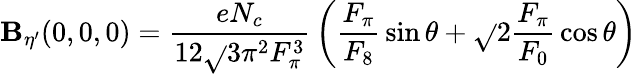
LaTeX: \mathbf{B}_{\eta^{\prime}}(0,0,0)={\frac{{eN_{c}}}{{12\sqrt{}{{3}}\pi^{2}F_{\pi}^{3}}}}\left({\frac{{F_{\pi}}}{{F_{8}}}}\sin\theta+\sqrt{}{{2}}{\frac{{F_{\pi}}}{{F_{0}}}}\cos\theta\right)